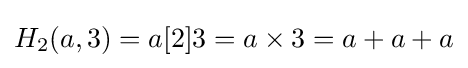
H_{2}(a,3)=a[2]3=a\times 3=a+a+a